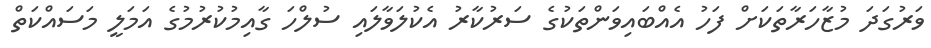
ވަރުގަދަ މުޒާހަރާތަކަށް ފަހު އެއްބައިވަންތަކުގެ ސަރުކާރު އެކުލަވާލައި ސުލްހަ ގާއިމުކުރުމުގެ އަމަލީ މަސައްކަތް